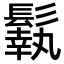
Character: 𩮿